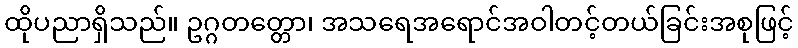
ထိုပညာရှိသည်။ ဥဂ္ဂတတ္တော၊ အသရေအရောင်အဝါတင့်တယ်ခြင်းအစုဖြင့်